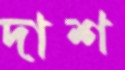
দাশ